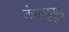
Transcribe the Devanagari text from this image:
कंकड़नुमा